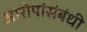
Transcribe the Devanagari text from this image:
आरोपांसंबंधी